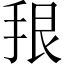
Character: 𪭳